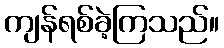
ကျန်ရစ်ခဲ့ကြသည်။